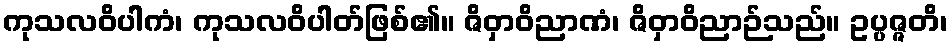
ကုသလဝိပါကံ၊ ကုသလဝိပါတ်ဖြစ်၏။ ဇိဝှာဝိညာဏံ၊ ဇိဝှာဝိညာဉ်သည်။ ဥပ္ပဇ္ဇတိ၊